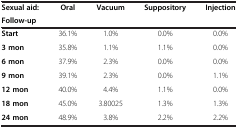
| Sexual aid: | Oral | Vacuum | Suppository | Injection |
 | <COLSPAN=5> Follow-up |
 | --- | --- | --- | --- | --- |
 | Start | 36.1% | 1.0% | 0.0% | 0.0% |
 | 3 mon | 35.8% | 1.1% | 1.1% | 0.0% |
 | 6 mon | 37.9% | 2.3% | 0.0% | 0.0% |
 | 9 mon | 39.1% | 2.3% | 0.0% | 1.1% |
 | 12 mon | 40.0% | 4.4% | 1.1% | 0.0% |
 | 18 mon | 45.0% | 3.80025 | 1.3% | 1.3% |
 | 24 mon | 48.9% | 3.8% | 2.2% | 2.2% |